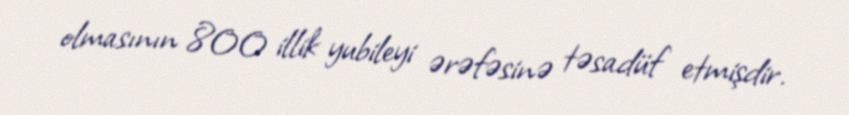
olmasının 800 illik yubileyi ərəfəsinə təsadüf etmişdir.